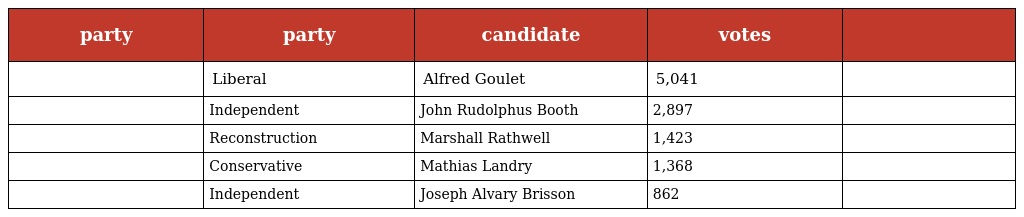
| party | party | candidate | votes |  |
 | --- | --- | --- | --- | --- |
 |  | Liberal | Alfred Goulet | 5,041 |  |
 |  | Independent | John Rudolphus Booth | 2,897 |  |
 |  | Reconstruction | Marshall Rathwell | 1,423 |  |
 |  | Conservative | Mathias Landry | 1,368 |  |
 |  | Independent | Joseph Alvary Brisson | 862 |  |